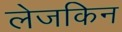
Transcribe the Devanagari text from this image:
लेजकिन